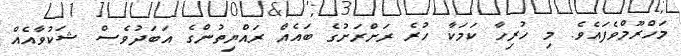
މަހްރޫމްވެފައެވެ. މި ހުރިހާ ކަމަކާ ހުރެ ރަށްރަށުގެ ބައެއް ރައްޔިތުންގެ އަބަދުވެސް ޝަކުވާއެއް